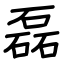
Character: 磊